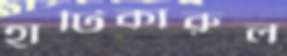
হাটিকারুল